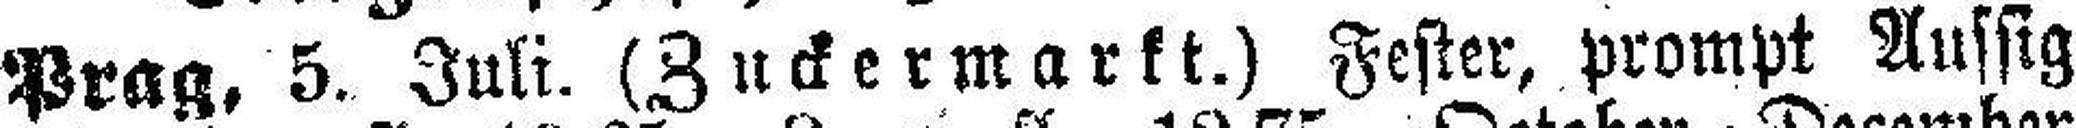
Prag, 5. Juli. (Zuckermarkt.) Fester, prompt Aussig